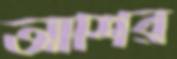
আশির